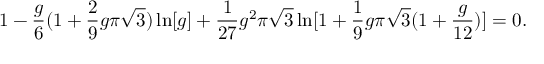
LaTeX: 1 - { \frac { g } { 6 } } ( 1 + { \frac { 2 } { 9 } } g \pi \sqrt { 3 } ) \ln [ g ] + { \frac { 1 } { 2 7 } } g ^ { 2 } \pi \sqrt { 3 } \ln [ 1 + { \frac { 1 } { 9 } } g \pi \sqrt { 3 } ( 1 + { \frac { g } { 1 2 } } ) ] = 0 .